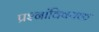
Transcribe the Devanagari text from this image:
प्रश्नांविषयक